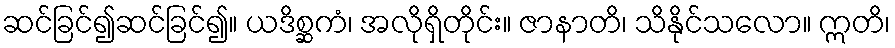
ဆင်ခြင်၍ဆင်ခြင်၍။ ယဒိစ္ဆကံ၊ အလိုရှိတိုင်း။ ဇာနာတိ၊ သိနိုင်သလော။ ဣတိ၊